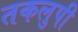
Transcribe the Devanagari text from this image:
तकलुपी